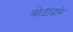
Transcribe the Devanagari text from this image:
बोटांद्वारे